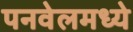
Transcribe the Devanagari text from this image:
पनवेलमध्ये